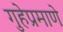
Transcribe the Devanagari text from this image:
गुहेप्रमाणे